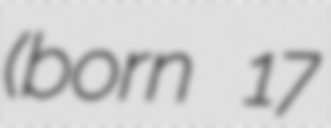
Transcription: (born 17